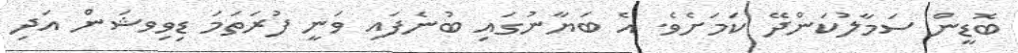
ބޮޑީން ސަމާލުކަންދޭ ކަމަށެވެ. އެ ބަޔާނުގައި ބުނެފައި ވަނީ ފުރަތަމަ ޑިވިވޝަން އަދި